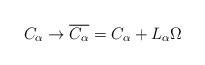
LaTeX: \begin{align*}C_\alpha \to \overline{C_\alpha} = C_\alpha + L_\alpha \Omega \end{align*}